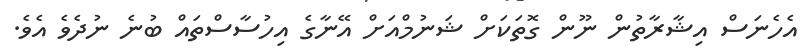
އެހެނަސް އިޝާރާތުން ނޫން ގޮތަކަށް ޝަނުމްއަށް އޭނާގެ އިހުސާސްތައް ބުނެ ނުދެވެ އެވެ.